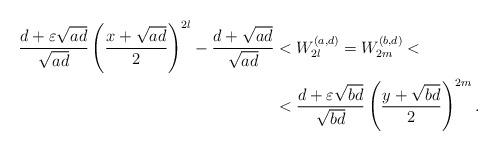
LaTeX: \begin{align*}\frac{d+\varepsilon\sqrt{ad}}{\sqrt{ad}}\left(\frac{x+\sqrt{ad}}{2} \right)^{2l}- \frac{d+\sqrt{ad}}{\sqrt{ad}}&<W_{2l}^{(a,d)}=W_{2m}^{(b,d)}<\\&<\frac{d+\varepsilon\sqrt{bd}}{\sqrt{bd}}\left(\frac{y+\sqrt{bd}}{2} \right)^{2m}.\end{align*}